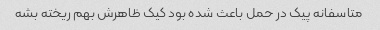
متاسفانه پیک در حمل باعث شده بود کیک ظاهرش بهم ریخته بشه